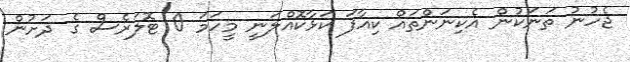
ޖެހުނު ތަނަކުން އެކިނަންތައް ކިއާފަ ކަޅާކޮއްލަނީ މީހަމަ 0 ޓޮލަރެސް ގެ ދަށުން